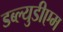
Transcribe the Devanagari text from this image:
डब्ल्युडीएम